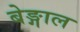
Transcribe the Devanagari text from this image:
बेङ्गाल